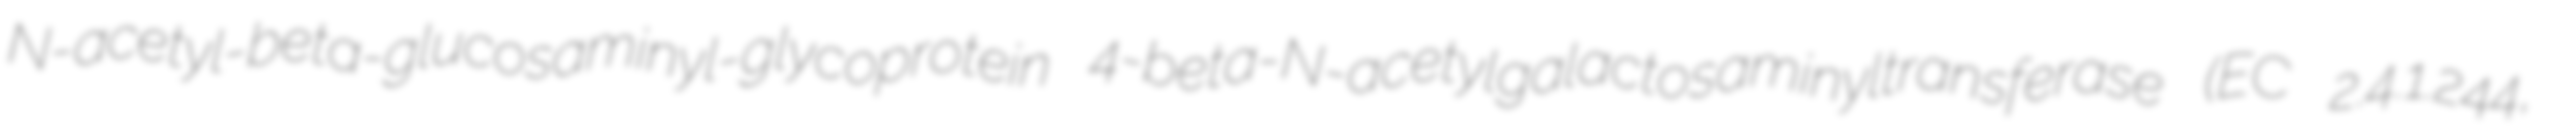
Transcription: N-acetyl-beta-glucosaminyl-glycoprotein 4-beta-N-acetylgalactosaminyltransferase (EC 2.4.1.244,